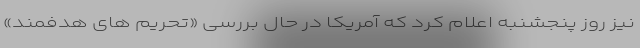
نیز روز پنجشنبه اعلام کرد که آمریکا در حال بررسی «تحریم های هدفمند»